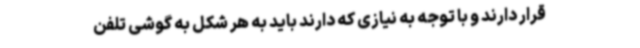
قرار دارند و با توجه به نیازی که دارند باید به هر شکل به گوشی تلفن